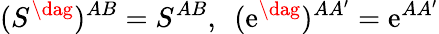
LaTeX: (S^{\dag})^{AB}=S^{AB},\ \ (\mathrm{e}^{\dag})^{AA^{\prime}}=\mathrm{e}^{AA^{\prime}}